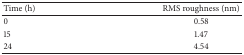
| Time (h) | RMS roughness (nm) |
 | --- | --- |
 | 0 | 0.58 |
 | 15 | 1.47 |
 | 24 | 4.54 |